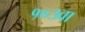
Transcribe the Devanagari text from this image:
१०३वा